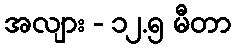
အလျား - ၁၂.၅ မီတာ